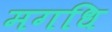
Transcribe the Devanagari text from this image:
मगधि